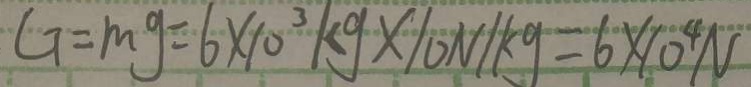
G = m g = 6 \times 1 0 ^ { 3 } k g \times 1 0 N / k g = 6 \times 1 0 ^ { 4 } N